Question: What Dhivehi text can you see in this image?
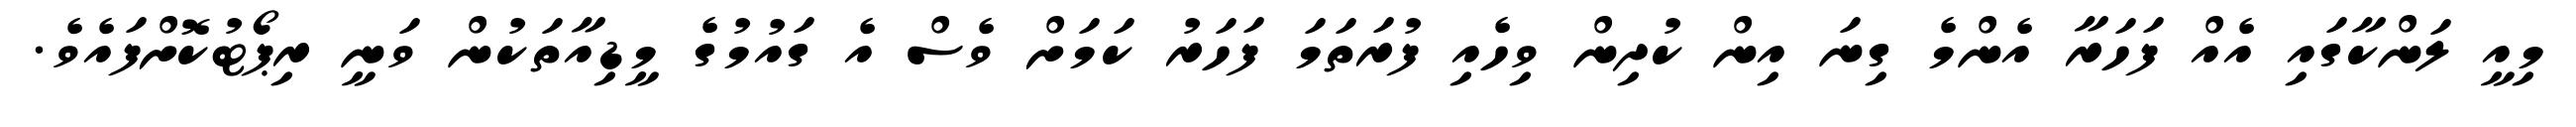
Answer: މިއީ ލަންކާގައި އެއް ފަހަރާ އެންމެ ގިނަ އިން ކުދިން ވިހެއި ފުރަތަމަ ފަހަރު ކަމަށް ވެސް އެ ގައުމުގެ މީޑިއާތަކުން ވަނީ ރިޕޯޓުކޮށްފައެވެ.